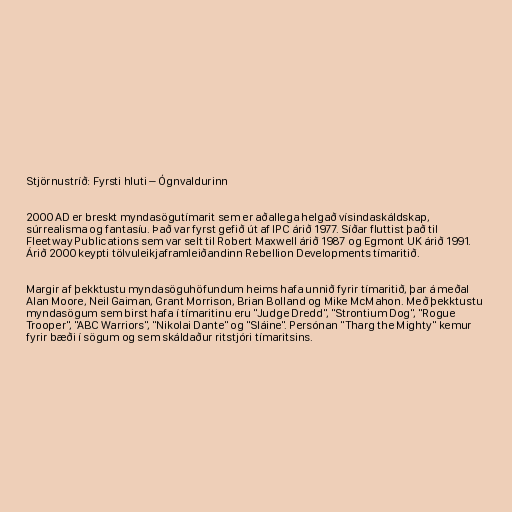
Stjörnustríð: Fyrsti hluti – Ógnvaldurinn

2000 AD er breskt myndasögutímarit sem er aðallega helgað vísindaskáldskap,
súrrealisma og fantasíu. Það var fyrst gefið út af IPC árið 1977. Síðar fluttist það til
Fleetway Publications sem var selt til Robert Maxwell árið 1987 og Egmont UK árið 1991.
Árið 2000 keypti tölvuleikjaframleiðandinn Rebellion Developments tímaritið.

Margir af þekktustu myndasöguhöfundum heims hafa unnið fyrir tímaritið, þar á meðal
Alan Moore, Neil Gaiman, Grant Morrison, Brian Bolland og Mike McMahon. Með þekktustu
myndasögum sem birst hafa í tímaritinu eru "Judge Dredd", "Strontium Dog", "Rogue
Trooper", "ABC Warriors", "Nikolai Dante" og "Sláine". Persónan "Tharg the Mighty" kemur
fyrir bæði í sögum og sem skáldaður ritstjóri tímaritsins.